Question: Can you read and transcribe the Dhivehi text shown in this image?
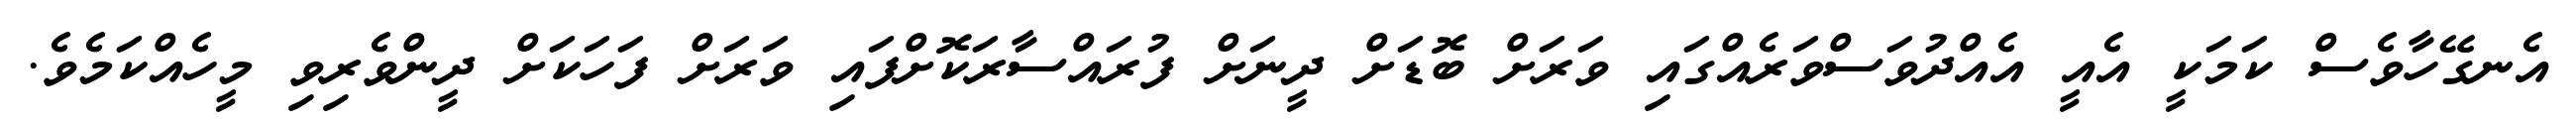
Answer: އެނގޭހާވެސް ކަމަކީ އެއީ އެއްދުވަސްވަރެއްގައި ވަރަށް ބޮޑަށް ދީނަށް ފުރައްސާރަކޮށްފައި ވަރަށް ފަހަކަށް ދީންވެރިވި މީހެއްކަމެވެ.